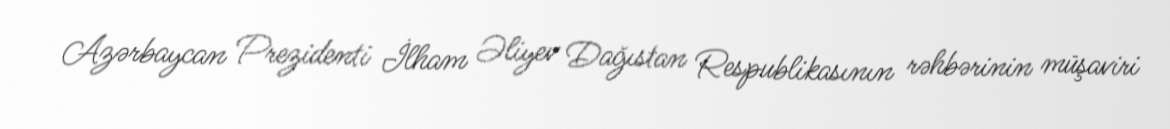
Azərbaycan Prezidenti İlham Əliyev Dağıstan Respublikasının rəhbərinin müşaviri